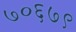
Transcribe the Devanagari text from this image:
७०६७९